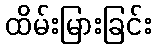
ထိမ်းမြားခြင်း